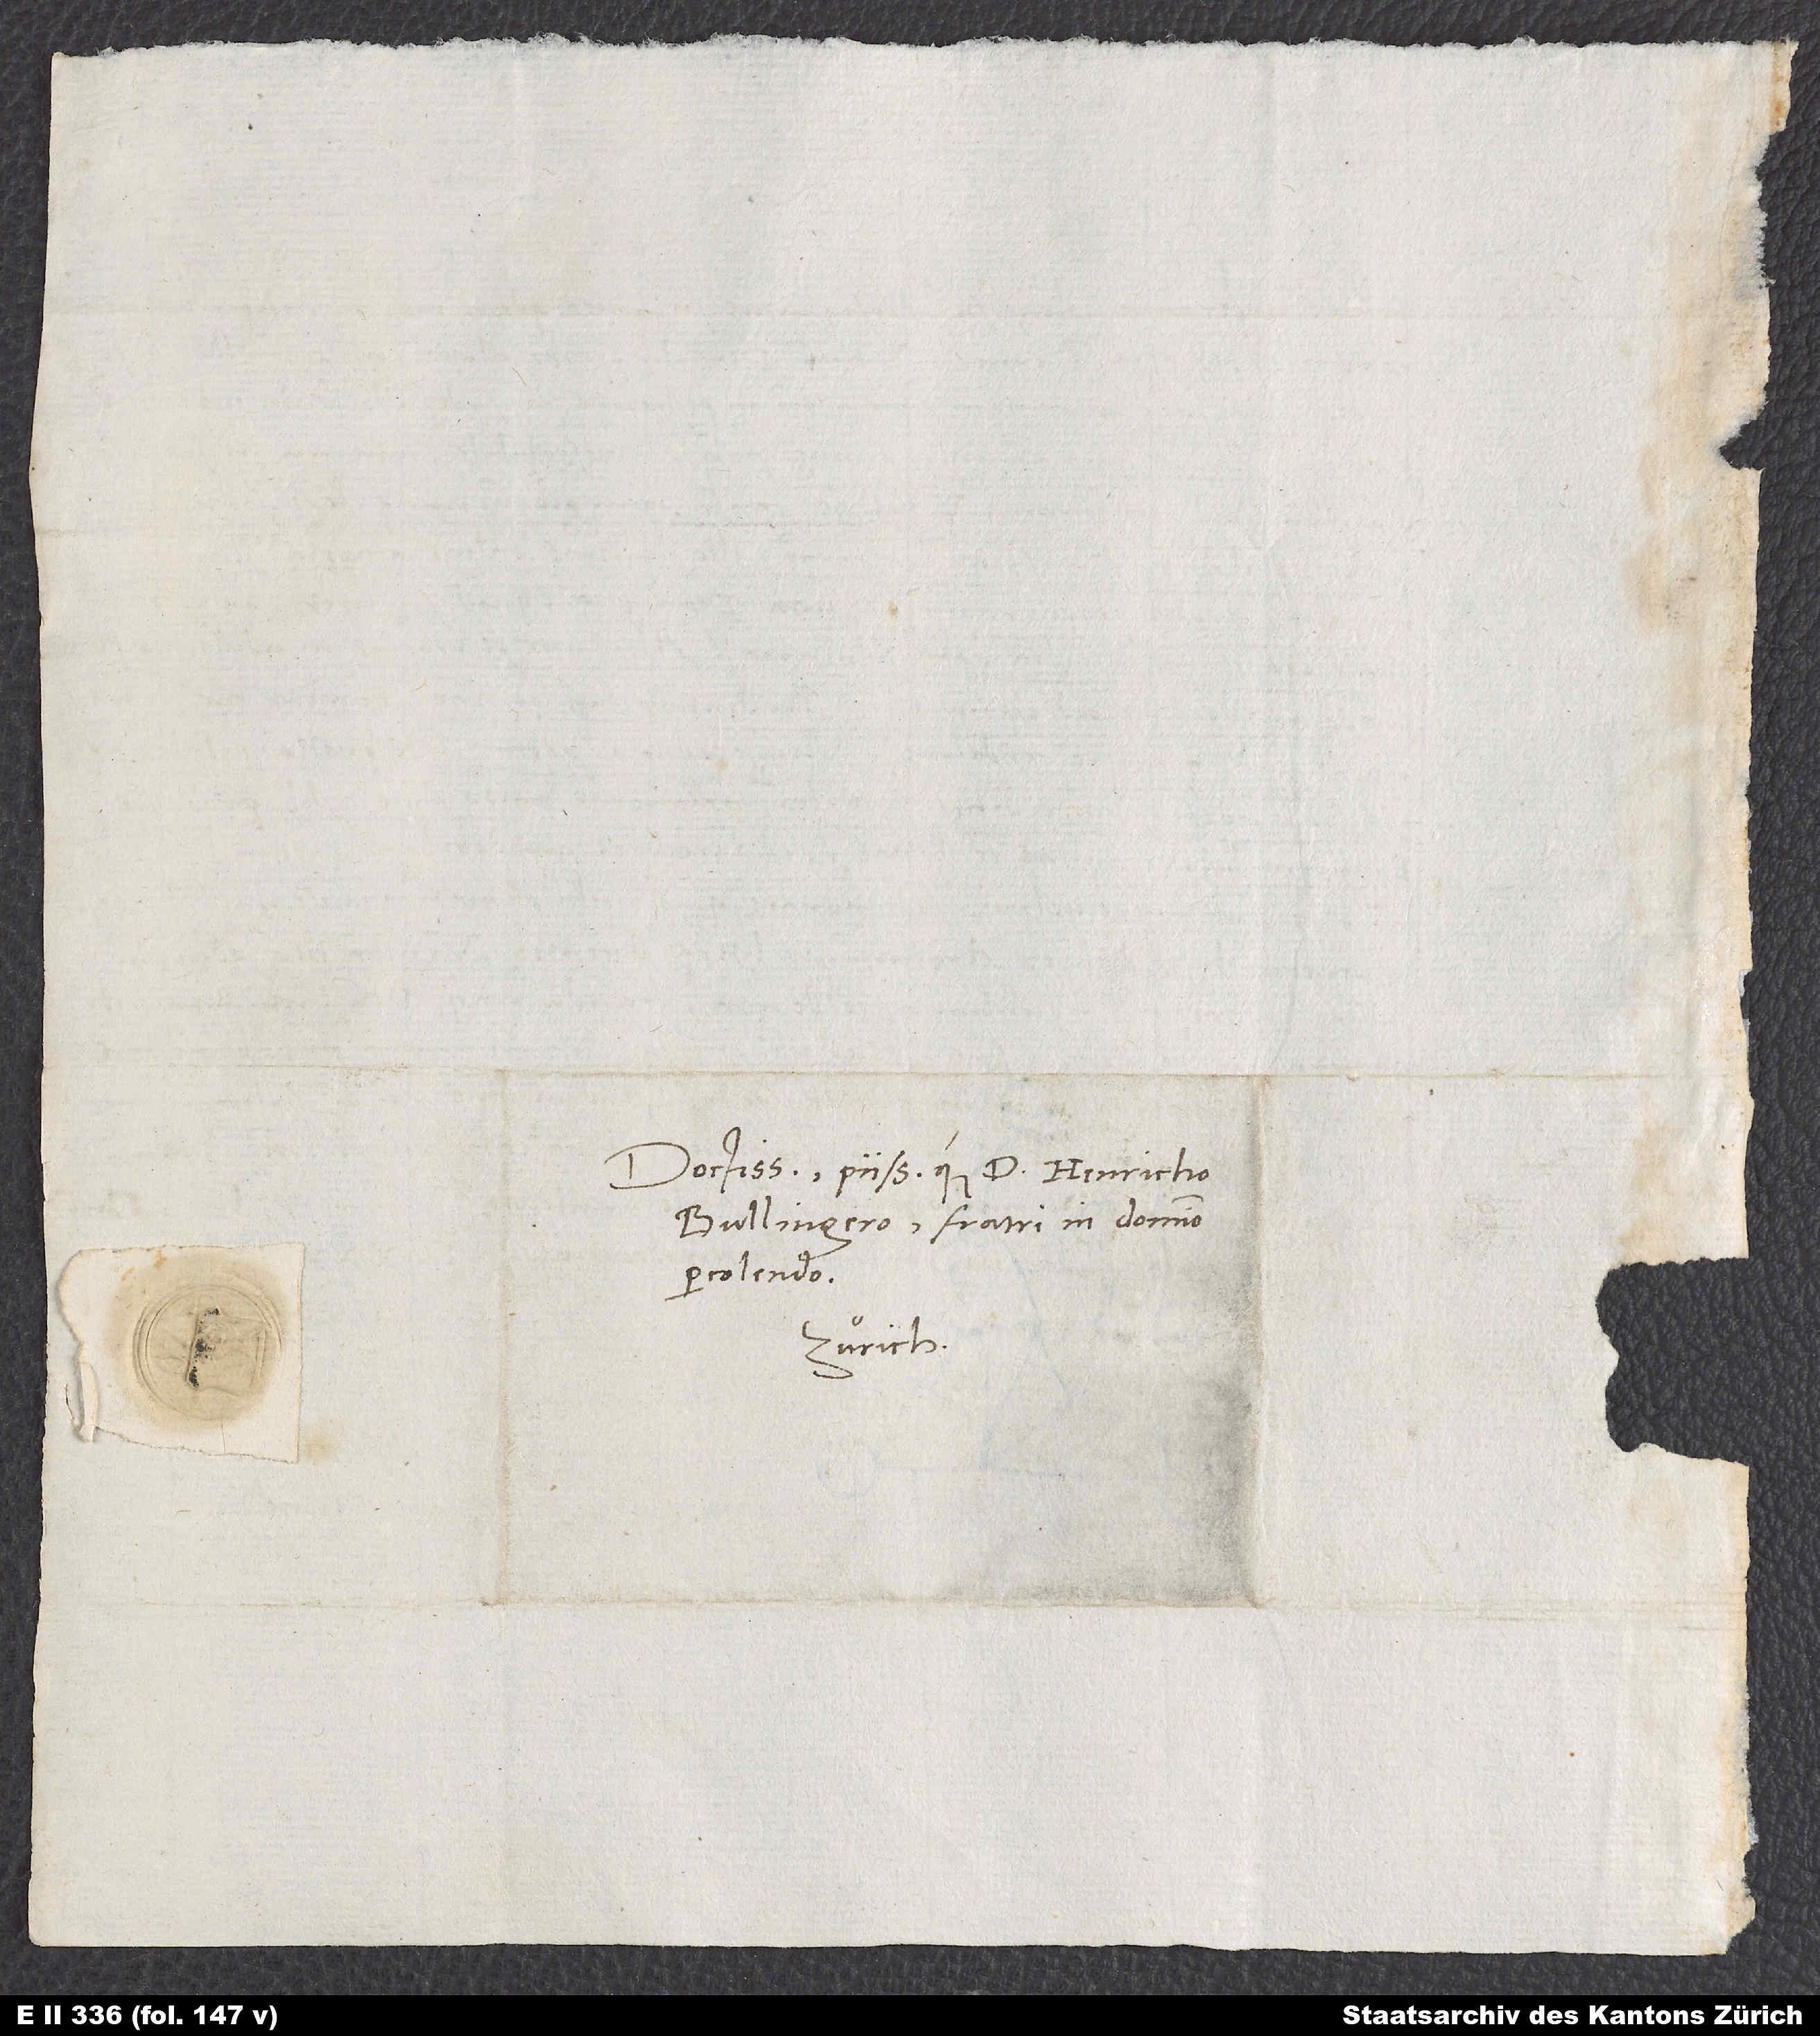
Doctissimo piissimoque d. Henricho
Bullingero, fratri in domino
percolendo.
Zürich.